Punjab Mental Hospital Lahore 1922-31 - 1922-1931
Year: 1922
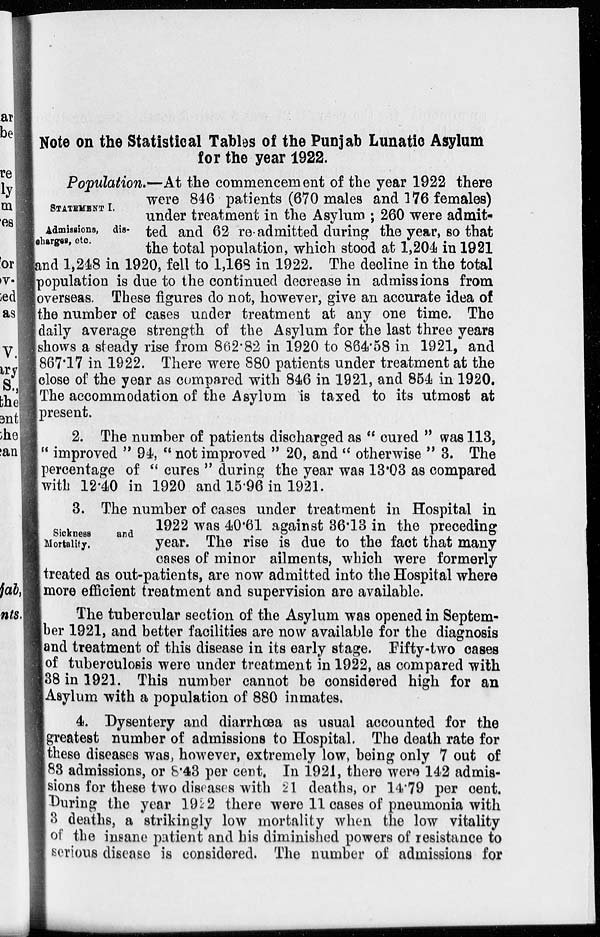
Note on the Statistical Tables of the Punjab Lunatic Asylum
for the year 1922.
STATEMENT I.
Admissions, dis-
charges, etc.
Population.—At the commencement of the year 1922 there
were 846 patients (670 males and 176 females)
under treatment in the Asylum ; 260 were admit-
ted and 62 re-admitted during the year, so that
the total population, which stood at 1,204 in 1921
and 1,248 in 1920, fell to 1,168 in 1922. The decline in the total
population is due to the continued decrease in admissions from
overseas. These figures do not, however, give an accurate idea of
the number of cases under treatment at any one time. The
daily average strength of the Asylum for the last three years
shows a steady rise from 862.82 in 1920 to 864.58 in 1921, and
867.17 in 1922. There were 880 patients under treatment at the
close of the year as compared with 846 in 1921, and 854 in 1920.
The accommodation of the Asylum is taxed to its utmost at
present.
2. The number of patients discharged as " cured " was 113,
" improved " 94, " not improved " 20, and " otherwise " 3. The
percentage of " cures " during the year was 13.03 as compared
with 12.40 in 1920 and 15.96 in 1921.
Sickness
and
Mortality.
3. The number of cases under treatment in Hospital in
1922 was 40.61 against 36.13 in the preceding
year. The rise is due to the fact that many
cases of minor ailments, which were formerly
treated as out-patients, are now admitted into the Hospital where
more efficient treatment and supervision are available.
The tubercular section of the Asylum was opened in Septem-
ber 1921, and better facilities are now available for the diagnosis
and treatment of this disease in its early stage. Fifty-two cases
of tuberculosis were under treatment in 1922, as compared with
38 in 1921. This number cannot be considered high for an
Asylum with a population of 880 inmates.
4. Dysentery and diarrhœa as usual accounted for the
greatest number of admissions to Hospital. The death rate for
these diseases was, however, extremely low, being only 7 out of
83 admissions, or 8.43 per cent. In 1921, there were 142 admis-
sions for these two diseases with 21 deaths, or 14.79 per cent.
During the year 1922 there were 11 cases of pneumonia with
3 deaths, a strikingly low mortality when the low vitality
of the insane patient and his diminished powers of resistance to
serious disease is considered. The number of admissions for